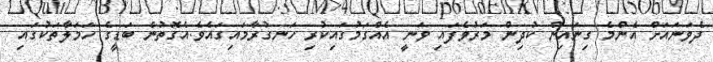
ދެވަނައަށް އެންމެ ގިނައިން ކުދިން މަރުވެފައި ވަނީ އެއްގަމުގައިކުރި ހަނގުރާމައިގައެވެ.އެގޮތުން ބަޑީގެ ހަމަލާތަކުގައި